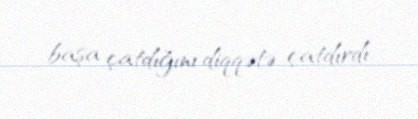
başa çatdığını diqqətə çatdırdı.